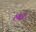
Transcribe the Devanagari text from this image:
रुबरू